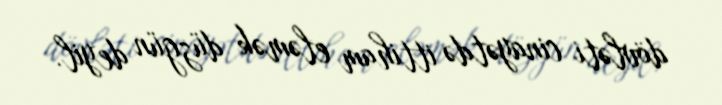
dövləti cinayətdə ittiham eləmək düzgün deyil.